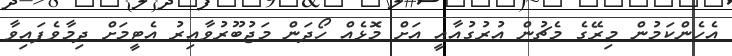
އެހެންކަމުން މިރޭގެ މެޗުން އުރުގުއާއީ އަށް މޮޅެއް ހޯދަން މަޖުބޫރުވާއިރު އެޓީމަށް ދިމާވެފައިވާ